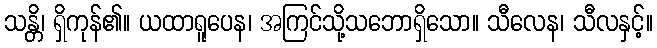
သန္တိ၊ ရှိကုန်၏။ ယထာရူပေန၊ အကြင်သို့သဘောရှိသော။ သီလေန၊ သီလနှင့်။